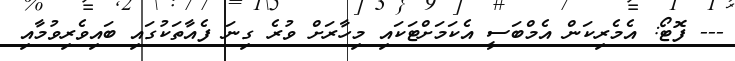
--- ފޮޓޯ: އެމެރިކަން އެމްބަސީ އެކަމަށްޓަކައި މިހާރަށް ވުރެ ގިނަ ފެއާތަކުގައި ބައިވެރިވުމާއި